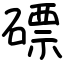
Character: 磦